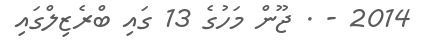
2014 - . ޖޫން މަހުގެ 13 ގައި ބްރެޒިލްގައި